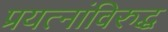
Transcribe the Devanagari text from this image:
प्रयत्‍नांविरुद्ध